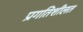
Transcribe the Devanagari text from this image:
प्रगतिशीलत